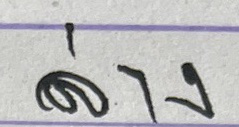
ล่าง